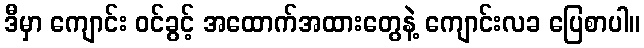
ဒီမှာ ကျောင်း ဝင်ခွင့် အထောက်အထားတွေနဲ့ ကျောင်းလခ ပြေစာပါ။